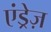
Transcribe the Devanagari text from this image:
एंड्रेज़